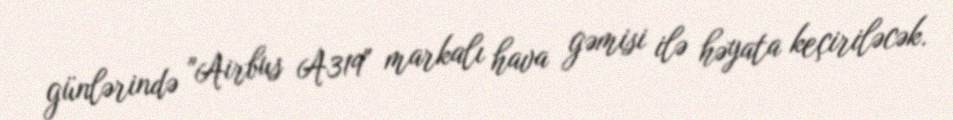
günlərində "Airbus A319" markalı hava gəmisi ilə həyata keçiriləcək.